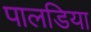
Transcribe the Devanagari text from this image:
पालडिया